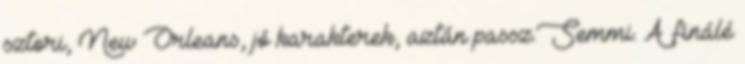
sztori, New Orleans, jó karakterek, aztán passz.Semmi. A finálé